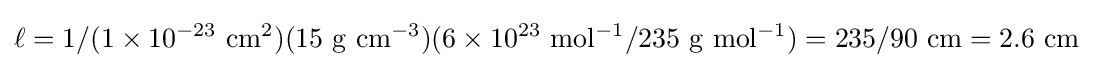
\ell =1/(1\times 10^{-23}\ \mathrm {cm^{2}} )(15\ \mathrm {g\ cm^{-3}} )(6\times 10^{23}\ \mathrm {mol^{-1}} /235\ \mathrm {g\ mol^{-1}} )=235/90\ \mathrm {cm} =2.6\ \mathrm {cm}